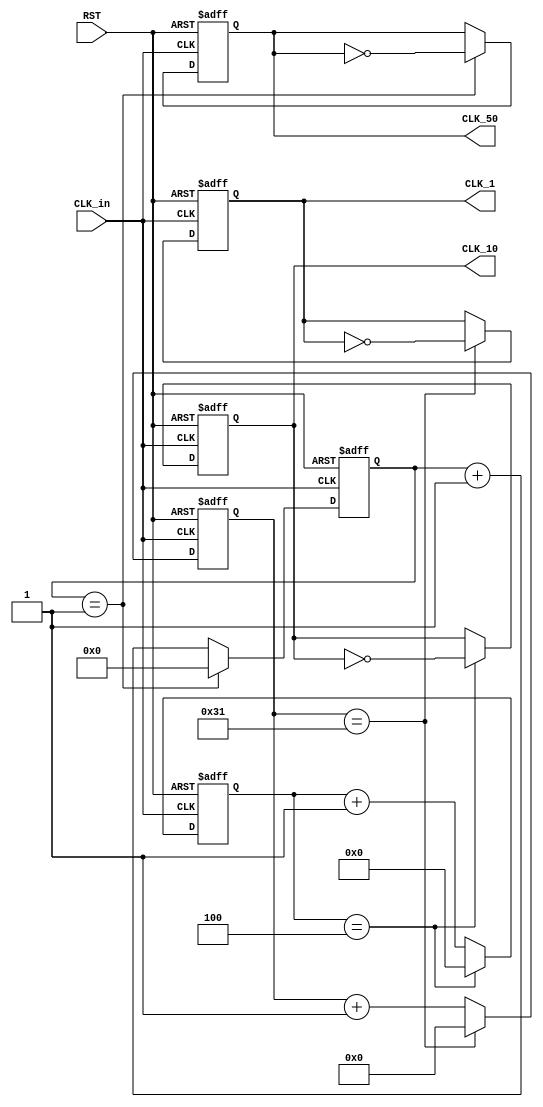
module freq_div(
    input CLK_in,
    input RST,
    output reg CLK_50,
    output reg CLK_10,
    output reg CLK_1
);

// Define counters
reg [5:0] counter_2; // This will count up to 2 for 50MHz output
reg [3:0] counter_5; // This will count up to 5 for 10MHz output
reg [6:0] counter_50; // This will count up to 50 for 1MHz output

// Initialize all counters and outputs
initial begin
    counter_2 = 0;
    counter_5 = 0;
    counter_50 = 0;
    CLK_50 = 0;
    CLK_10 = 0;
    CLK_1 = 0;
end

// Counter for CLK_50 (Toggle every 1 clock cycle to divide by 2)
always @(posedge CLK_in or posedge RST) begin
    if (RST) begin
        counter_2 <= 0;
        CLK_50 <= 0;
    end else if (counter_2 == 1) begin
        counter_2 <= 0;
        CLK_50 <= ~CLK_50;
    end else begin
        counter_2 <= counter_2 + 1;
    end
end

// Counter for CLK_10 (Toggle every 5 clock cycles to divide by 10)
always @(posedge CLK_in or posedge RST) begin
    if (RST) begin
        counter_5 <= 0;
        CLK_10 <= 0;
    end else if (counter_5 == 4) begin
        counter_5 <= 0;
        CLK_10 <= ~CLK_10;
    end else begin
        counter_5 <= counter_5 + 1;
    end
end

// Counter for CLK_1 (Toggle every 50 clock cycles to divide by 100)
always @(posedge CLK_in or posedge RST) begin
    if (RST) begin
        counter_50 <= 0;
        CLK_1 <= 0;
    end else if (counter_50 == 49) begin
        counter_50 <= 0;
        CLK_1 <= ~CLK_1;
    end else begin
        counter_50 <= counter_50 + 1;
    end
end

endmodule